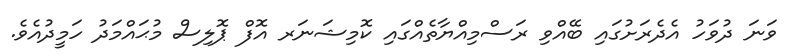
ވަނަ ދުވަހު އެދެރަށުގައި ބޭއްވި ރަސްމިއްޔާތެއްގައި ކޮމިޝަނަރ އޮފް ޕޮލިސް މުޙައްމަދު ހަމީދުއެވެ.